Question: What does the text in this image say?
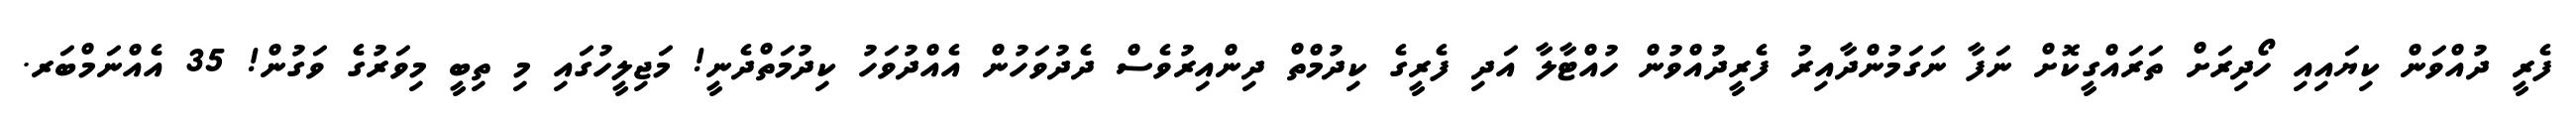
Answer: ފެރީ ދުއްވަން ކިޔައިއި ހޯދިރަށް ތަރައްގީކޮށް ނަފާ ނަގަމުންދާއިރު ފެރީދުއްވުން ހުއްޓާލާ އަދި ފެރީގެ ކިދުމްތް ދިންއިރުވެސް ދެދުވަހުން އެއްދުވަހު ކިދުމަތްދެނީ! މަޖިލީހުގައި މި ތިބީ މިވަރުގެ ވަގުން! 35 އެއްނަމްބަރ.